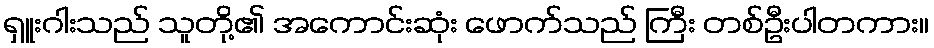
ရှူးဂါးသည် သူတို့၏ အကောင်းဆုံး ဖောက်သည် ကြီး တစ်ဦးပါတကား။